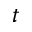
t